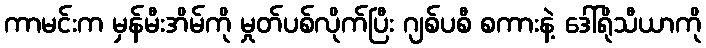
ကာမင်းက မှန်မီးအိမ်ကို မှုတ်ပစ်လိုက်ပြီး ဂျစ်ပစီ စကားနဲ့ ဒေါ်ရိုသီယာကို